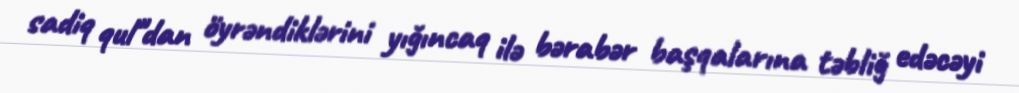
sadiq qul"dan öyrəndiklərini yıǧıncaq ilə bərabər başqalarına təbliǧ edəcəyi